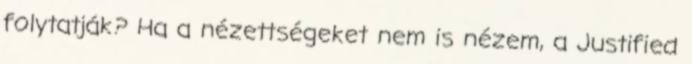
folytatják? Ha a nézettségeket nem is nézem, a Justified